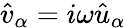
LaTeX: \hat{v}_{\alpha}=i\omega\hat{u}_{\alpha}